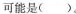
可能是（）。